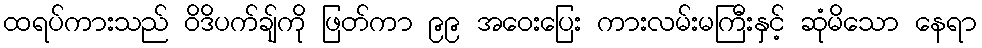
ထရပ်ကားသည် ဝိဒိပက်ချ်ကို ဖြတ်ကာ ၉၉ အဝေးပြေး ကားလမ်းမကြီးနှင့် ဆုံမိသော နေရာ